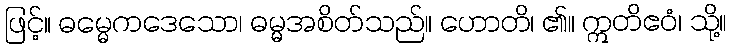
ဖြင့်။ ဓမ္မေကဒေသော၊ ဓမ္မအစိတ်သည်။ ဟောတိ၊ ၏။ ဣတိဧဝံ၊ သို့။